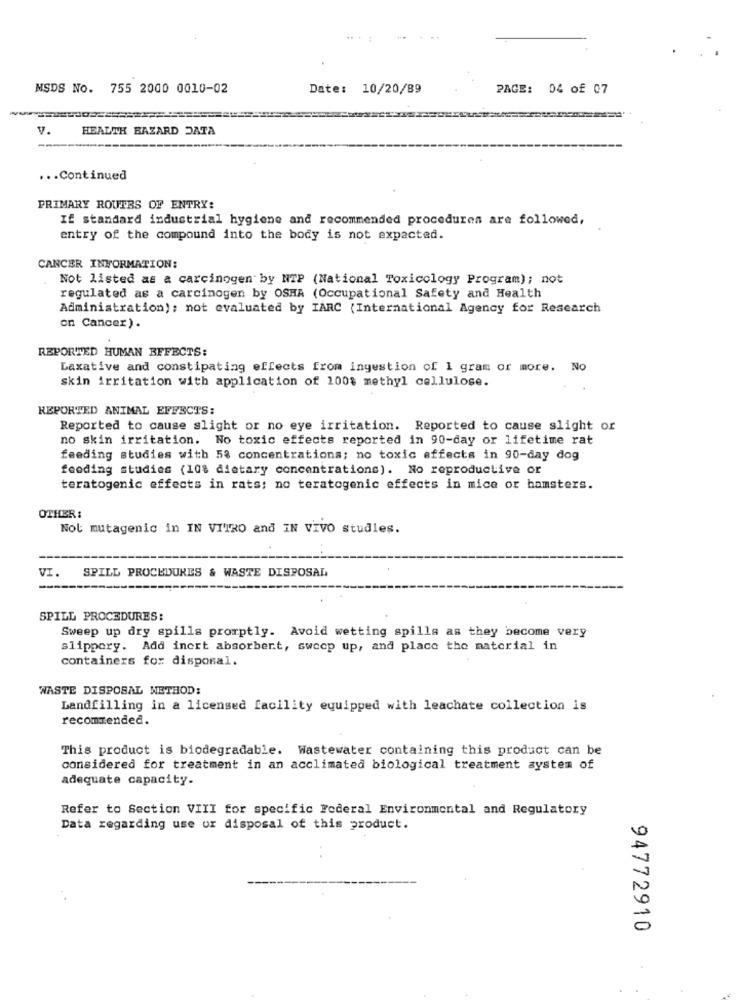
MSDS No. 755 2000 0010-02
Date: 10/20/89
PAGE: 04 of 07
v.
HEALTH BAZARD DATA
... Continued
PRIMARY ROUTES OF ENTRY:
If standard industrial hygiene and recommended procedures are followed,
entry of the compound into the body is not expected.
CANCER INFORMATION:
Not listed as a carcinogen by NTP (National Toxicology Program); not
regulated as a carcinogen by OSHA (Occupational Safety and Health
Administration); not evaluated by IARC (International Agency for Research
on Cancer) .
REPORTED HUMAN EFFECTS:
Laxative and constipating effects from ingestion of 1 gram or more. No
skin irritation with application of 100$ methyl cellulose.
REPORTED ANIMAL EFFECTS:
Reported to cause slight or no eye irritation. Reported to cause slight or
no skin irritation. No toxic effects reported in 90-day or lifetime rat
feeding studies with 58 concentrations; no toxic effects in 90-day dog
feeding studies (108 dietary concentrations). No reproductive or
teratogenic effects in rats: no teratogenic effects in mice or hamsters.
OTHER:
Nol mutagenic in IN VITRO and IN VIVO studies.
SPILL PROCEDURES & WASTE DISPOSAL
VI.
SPILL PROCEDURES:
Sweep up dry spills promptly. Avoid wetting spills as they become very
slippery. Add inert absorbent, swoop up, and place the material in
containers for disposal.
WASTE DISPOSAL METHOD:
Landfilling in a licensed facility equipped with leachate collection is
recommended.
This product is biodegradable. Wastewater containing this product can be
considered for treatment in an acclimated biological treatment system of
adequate capacity.
Refer to Section VIII for specific Federal Environmental and Regulatory
Data regarding use or disposal of this product.
94772910